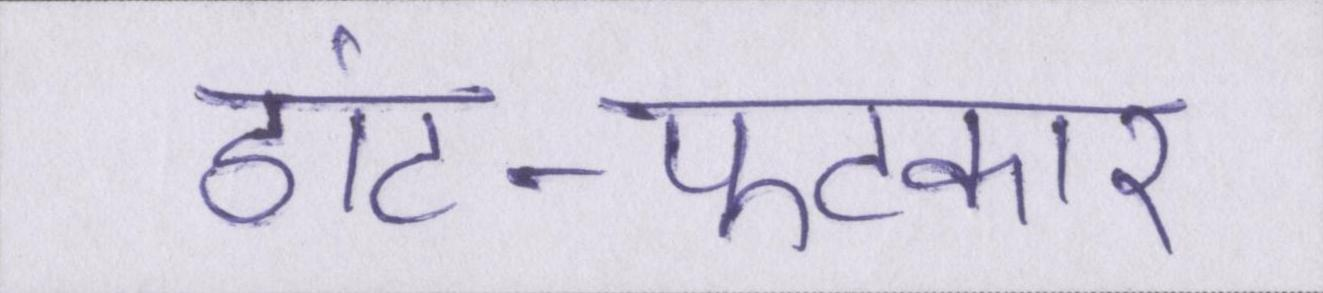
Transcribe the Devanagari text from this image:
डांट-फटकार